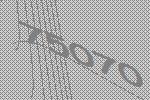
75070